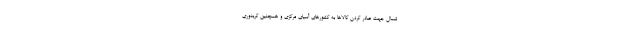
شمال جهت صادر کردن کالاها به کشورهای آسیای مرکزی و همچنین کریدوری